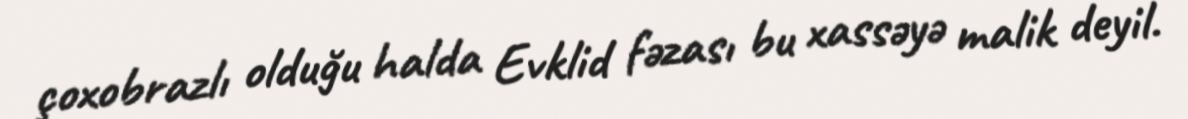
çoxobrazlı olduğu halda Evklid fəzası bu xassəyə malik deyil.